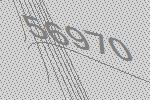
56970